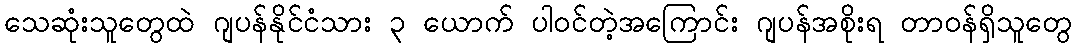
သေဆုံးသူတွေထဲ ဂျပန်နိုင်ငံသား ၃ ယောက် ပါဝင်တဲ့အကြောင်း ဂျပန်အစိုးရ တာဝန်ရှိသူတွေ